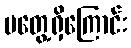
မတွေ့ရှိကြောင်း